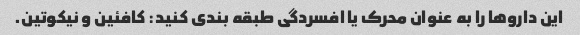
این داروها را به عنوان محرک یا افسردگی طبقه بندی کنید: کافئین و نیکوتین.